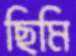
ছিমি